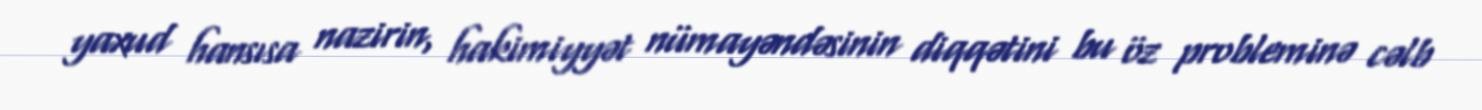
yaxud hansısa nazirin, hakimiyyət nümayəndəsinin diqqətini bu öz probleminə cəlb